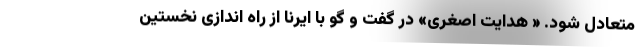
متعادل شود. « هدایت اصغری» در گفت و گو با ایرنا از راه اندازی نخستین